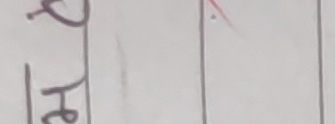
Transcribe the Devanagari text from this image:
२५ रेदो